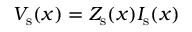
V _ { \mathrm { s } } ( x ) = Z _ { \mathrm { s } } ( x ) I _ { \mathrm { s } } ( x )